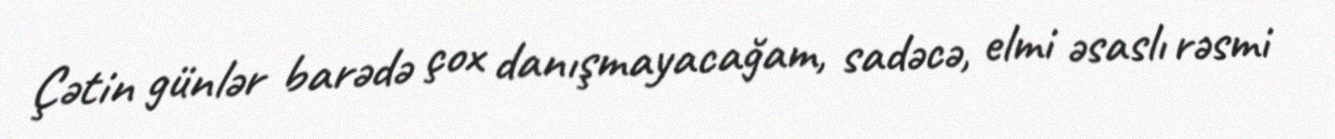
Çətin günlər barədə çox danışmayacağam, sadəcə, elmi əsaslı rəsmi